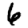
Digit: 6